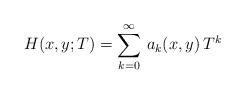
\begin{align*}H(x,y;T) = \sum_{k=0}^{\infty}\,a_k(x,y)\,T^k \end{align*}